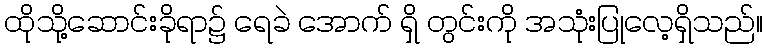
ထိုသို့ဆောင်းခိုရာ၌ ရေခဲ အောက် ရှိ တွင်းကို အသုံးပြုလေ့ရှိသည်။